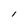
Character: i